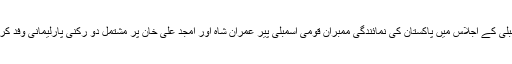
جنرل اسمبلی کے اجلاس میں پاکستان کی نمائندگی ممبران قومی اسمبلی پیر عمران شاہ اور امجد علی خان پر مشتمل دو رکنی پارلیمانی وفد کر رہا ہے ۔